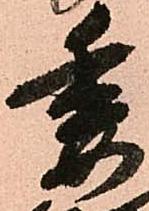
委